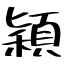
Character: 穎